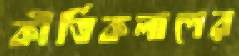
কীর্তিকলাপের